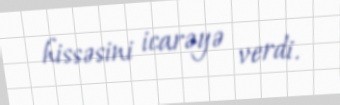
hissəsini icarəyə verdi.